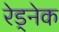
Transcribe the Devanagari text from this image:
रेड्नेक